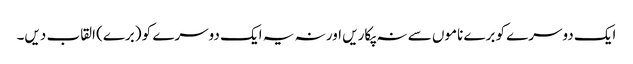
ایک دوسرے کو برے ناموں سے نہ پکاریں اور نہ یہ ایک دوسرے کو (برے) القاب دیں۔